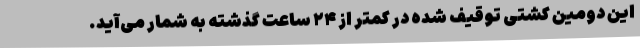
این دومین کشتی توقیف شده در کمتر از ۲۴ ساعت گذشته به شمار می‌آید.